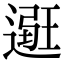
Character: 𨕿